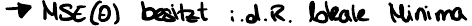
-> MSE(0) besitzt i.d.R. lokale Minima